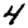
Digit: 4